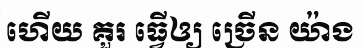
ហើយ គួរ ធ្វើឲ្យ ច្រើន យ៉ាង